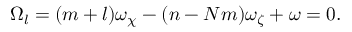
\begin{array} { r } { \Omega _ { l } = ( m + l ) \omega _ { \chi } - ( n - N m ) \omega _ { \zeta } + \omega = 0 . } \end{array}